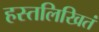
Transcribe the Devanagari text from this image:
हस्तलिखितं